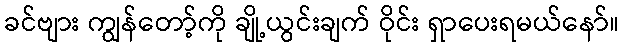
ခင်ဗျား ကျွန်တော့်ကို ချို့ယွင်းချက် ဝိုင်း ရှာပေးရမယ်နော်။